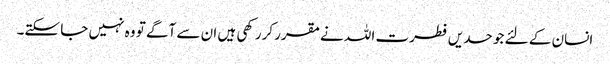
انسان کے لئے جو حدیں فطرت اللہ نےمقرر کررکھی ہیں ان سے آگے تو وہ نہیں جا سکتے۔